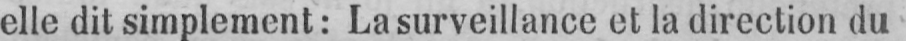
elle dit simplement: La surveillance et la direction du